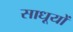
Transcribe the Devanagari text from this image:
साधूयों